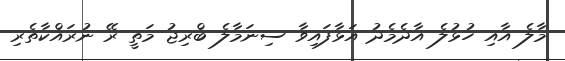
މާލެ އާއި ހުޅުލެ އާދެމެދު އަޅާފައިވާ ސިނަމާލެ ބްރިޖު މަތީ ރޭ ނުރައްކާތެރި